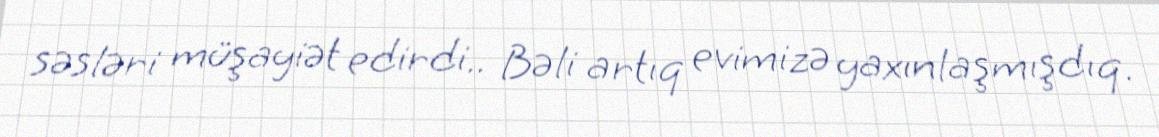
səsləri müşayiət edirdi.. Bəli artıq evimizə yaxınlaşmışdıq.